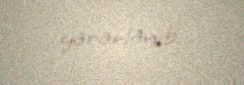
yararlanıb.